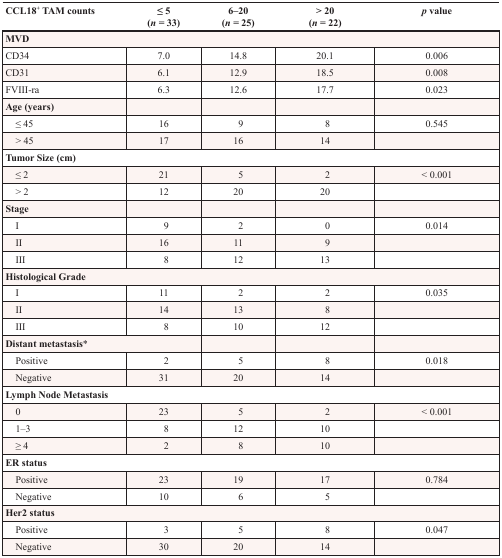
| CCL18+ TAM counts | ≤ 5(n = 33) | 6–20(n = 25) | > 20(n = 22) | p value |
 | --- | --- | --- | --- | --- |
 | <COLSPAN=5> MVD |
 | CD34 | 7.0 | 14.8 | 20.1 | 0.006 |
 | CD31 | 6.1 | 12.9 | 18.5 | 0.008 |
 | FVIII-ra | 6.3 | 12.6 | 17.7 | 0.023 |
 | <COLSPAN=5> Age (years) |
 | ≤ 45 | 16 | 9 | 8 | 0.545 |
 | > 45 | 17 | 16 | 14 |  |
 | <COLSPAN=5> Tumor Size (cm) |
 | ≤ 2 | 21 | 5 | 2 | < 0.001 |
 | > 2 | 12 | 20 | 20 |  |
 | <COLSPAN=5> Stage |
 | I | 9 | 2 | 0 | 0.014 |
 | II | 16 | 11 | 9 |  |
 | III | 8 | 12 | 13 |  |
 | <COLSPAN=5> Histological Grade |
 | I | 11 | 2 | 2 | 0.035 |
 | II | 14 | 13 | 8 |  |
 | III | 8 | 10 | 12 |  |
 | <COLSPAN=5> Distant metastasis* |
 | Positive | 2 | 5 | 8 | 0.018 |
 | Negative | 31 | 20 | 14 |  |
 | <COLSPAN=5> Lymph Node Metastasis |
 | 0 | 23 | 5 | 2 | < 0.001 |
 | 1–3 | 8 | 12 | 10 |  |
 | ≥ 4 | 2 | 8 | 10 |  |
 | ER status |  |  |  |  |
 | Positive | 23 | 19 | 17 | 0.784 |
 | Negative | 10 | 6 | 5 |  |
 | <COLSPAN=5> Her2 status |
 | Positive | 3 | 5 | 8 | 0.047 |
 | Negative | 30 | 20 | 14 |  |